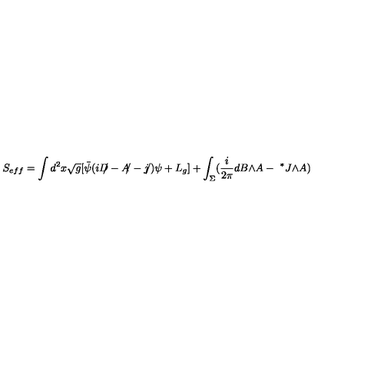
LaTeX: S _ { e f f } = \int d ^ { 2 } x \sqrt { g } [ { \bar { \psi } } ( i { D \! \! \! / } - { A \! \! / } - { j \! \! / } ) \psi + L _ { g } ] + \int _ { \Sigma } ( \frac { i } { 2 \pi } d B { \wedge } A - { \ ^ { * } J } { \wedge } A )